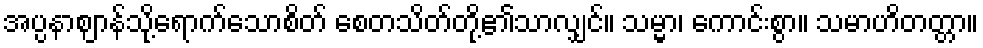
အပ္ပနာဈာန်သို့ရောက်သောစိတ် စေတသိတ်တို့၏သာလျှင်။ သမ္မာ၊ ကောင်းစွာ။ သမာဟိတတ္တာ။